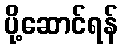
ပို့ဆောင်ရန်